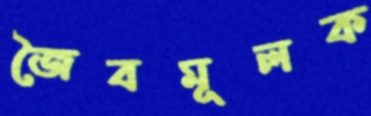
জৈবমূলক